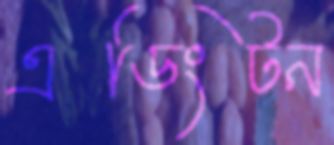
এডিংটন